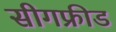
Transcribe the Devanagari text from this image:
सीगफ्रीड